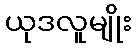
ယုဒလူမျိုး